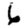
Digit: 6